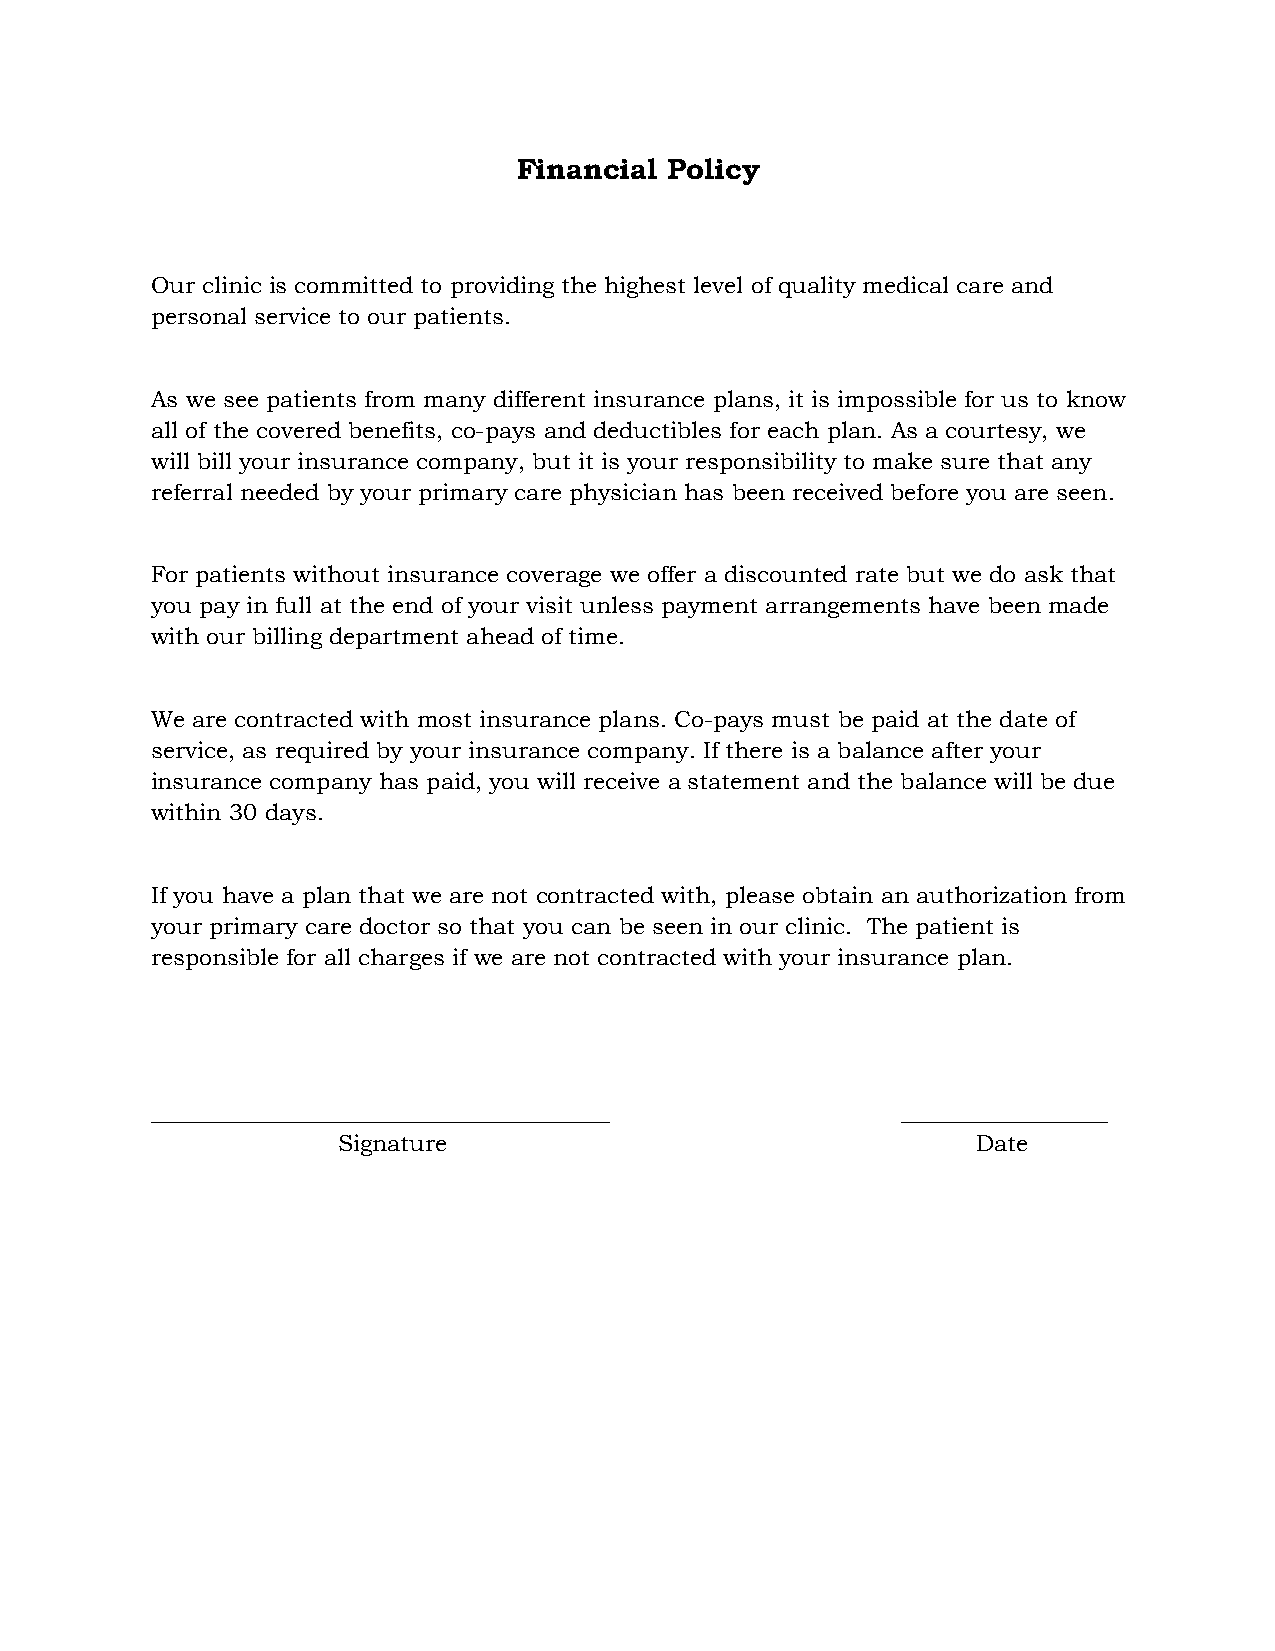
Financial Policy
 Our clinic is committed to providing the highest level of quality medical care and
 personal service to our patients.
 As we see patients from many different insurance plans, it is impossible for us to know
 all of the covered benefits, co-pays and deductibles for each plan. As a courtesy, we
 will bill your insurance company, but it is your responsibility to make sure that any
 referral needed by your primary care physician has been received before you are seen.
 For patients without insurance coverage we offer a discounted rate but we do ask that
 you pay in full at the end of your visit unless payment arrangements have been made
 with our billing department ahead of time.
 We are contracted with most insurance plans. Co-pays must be paid at the date of
 service, as required by your insurance company. If there is a balance after your
 insurance company has paid, you will receive a statement and the balance will be due
 within 30 days.
 If you have a plan that we are not contracted with, please obtain an authorization from
 your primary care doctor so that you can be seen in our clinic. The patient is
 responsible for all charges if we are not contracted with your insurance plan.
 ________________________________________          __________________
 Signature                                  Date